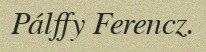
Pálffy Ferencz.